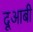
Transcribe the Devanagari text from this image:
दूआबी